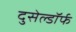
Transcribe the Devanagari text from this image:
दुसेल्डॉर्फ